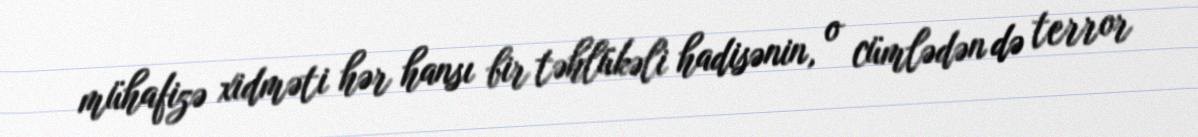
mühafizə xidməti hər hansı bir təhlükəli hadisənin, o cümlədən də terror